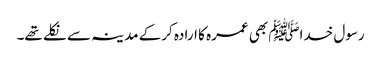
رسول خداﷺ بھی عمرہ کا ارادہ کرکے مدینہ سے نکلے تھے۔